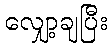
လျှော့ချပြီး